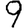
Digit: 9